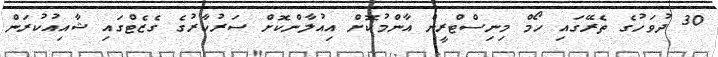
30 ދުވަހުގެ ތެރޭގައި ހޯމް މިނިސްޓްރީން އާންމުކޮށް އިއުލާންކޮށް ސަރުކާރުގެ ގެޒެޓްގައި ޝާއިއުކުރަން